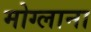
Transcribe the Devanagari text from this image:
मोग्लाना